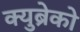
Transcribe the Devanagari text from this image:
क्युब्रेको